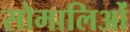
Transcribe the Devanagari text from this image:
सोमालिओं